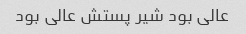
عالی بود شیر پستش عالی بود